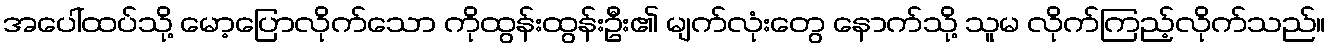
အပေါ်ထပ်သို့ မော့ပြောလိုက်သော ကိုထွန်းထွန်းဦး၏ မျက်လုံးတွေ နောက်သို့ သူမ လိုက်ကြည့်လိုက်သည်။